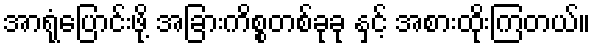
အာရုံပြောင်းဖို့ အခြားကိစ္စတစ်ခုခု နှင့် အစားထိုးကြတယ်။